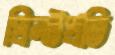
প্রিন্টপ্রতি